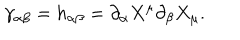
\gamma _ { \alpha \beta } = h _ { \alpha \beta } = \partial _ { \alpha } X ^ { \mu } \partial _ { \beta } X _ { \mu } .